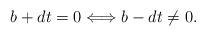
LaTeX: \begin{align*} b+dt = 0 \Longleftrightarrow b-dt \ne 0.\end{align*}